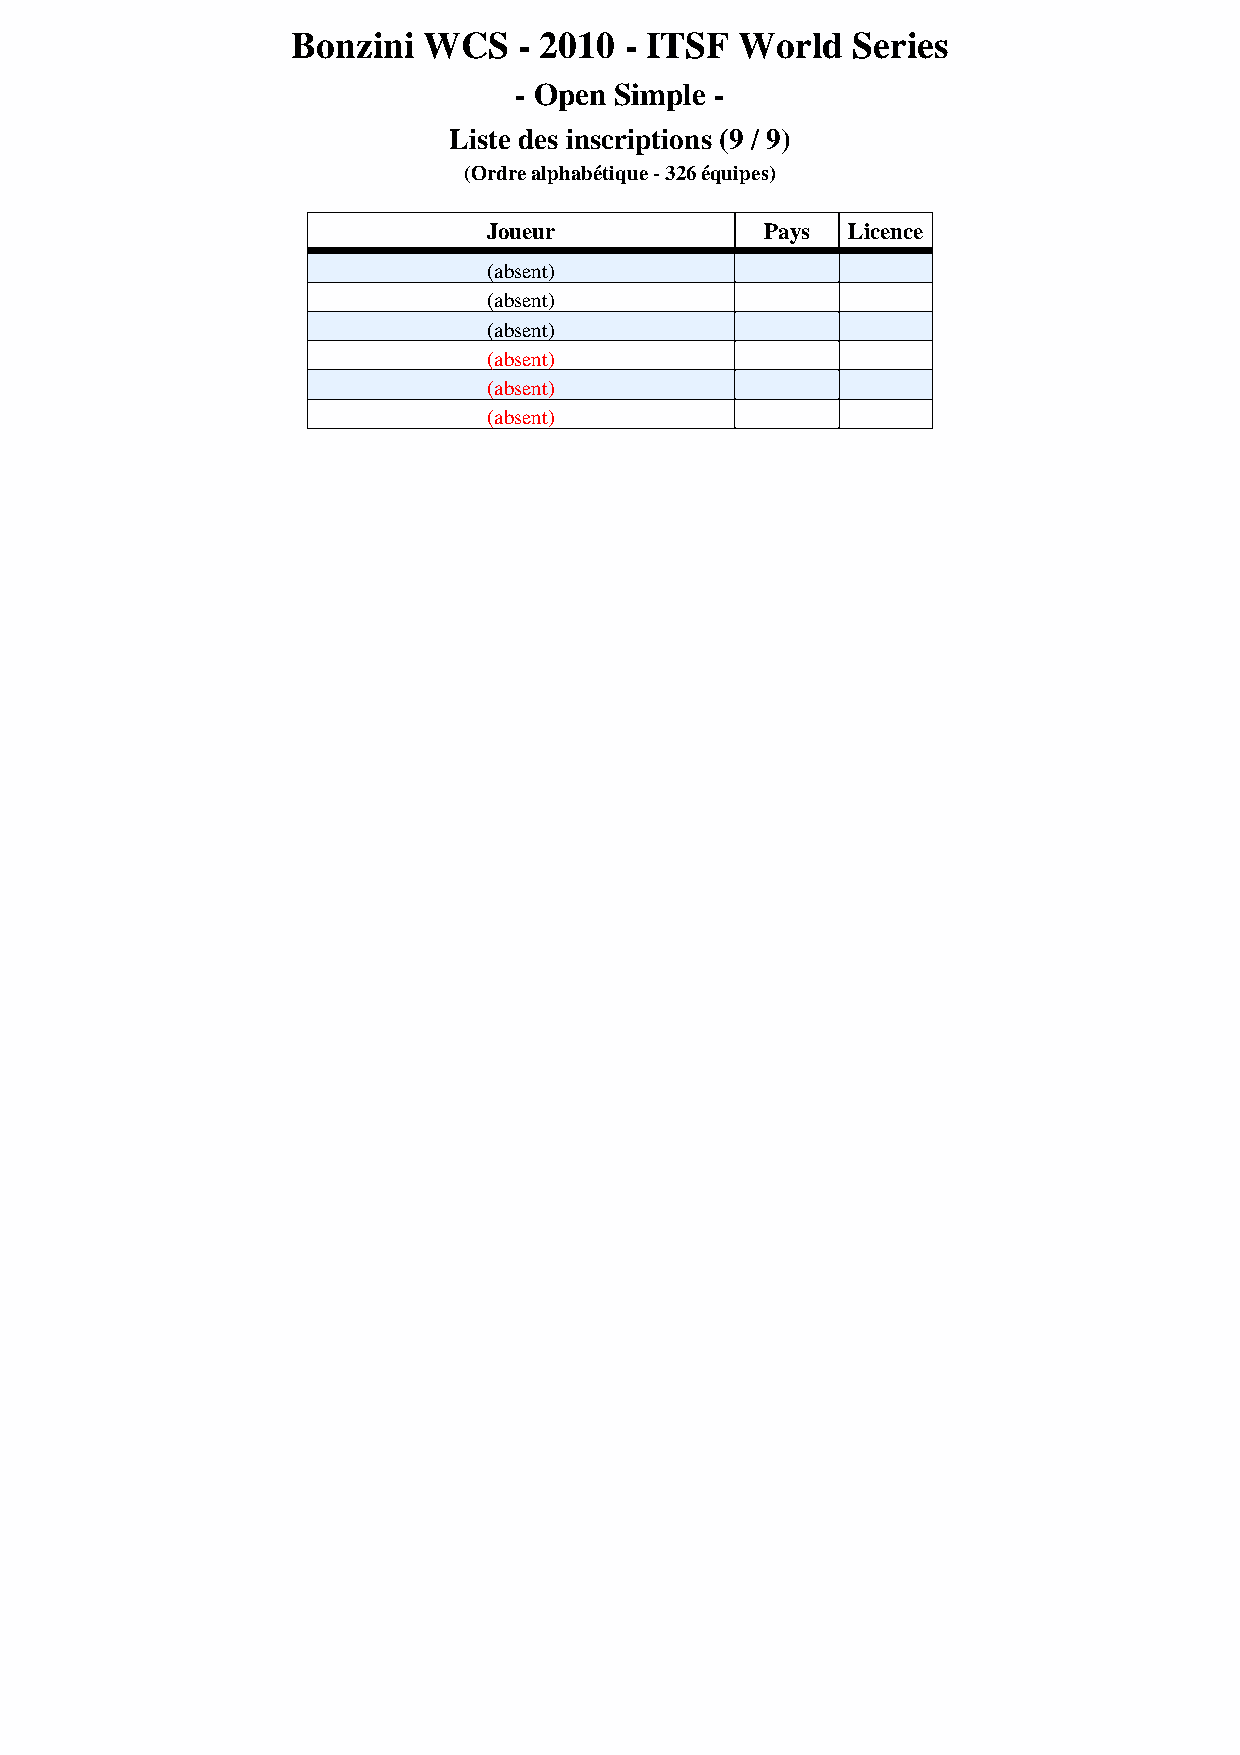
Bonzini  WCS   - 2010 - ITSF  World  Series
 - Open Simple -
 Liste des inscriptions (9 / 9)
 (Ordre alphabétique - 326 équipes)
 Joueur             Pays Licence
 (absent)
 (absent)
 (absent)
 (absent)
 (absent)
 (absent)